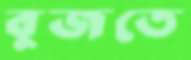
বুজতে